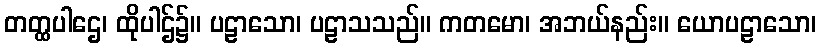
တတ္ထပါဌေ၊ ထိုပါဌ်၌။ ပဠာသော၊ ပဠာသသည်။ ကတမော၊ အဘယ်နည်း။ ယောပဠာသော၊